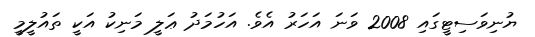
ޔުނިވަސިޓީގައި 2008 ވަނަ އަހަރު އެވެ. އަހުމަދު ޢަލީ މަނިކު އަކީ ތައުލީމީ